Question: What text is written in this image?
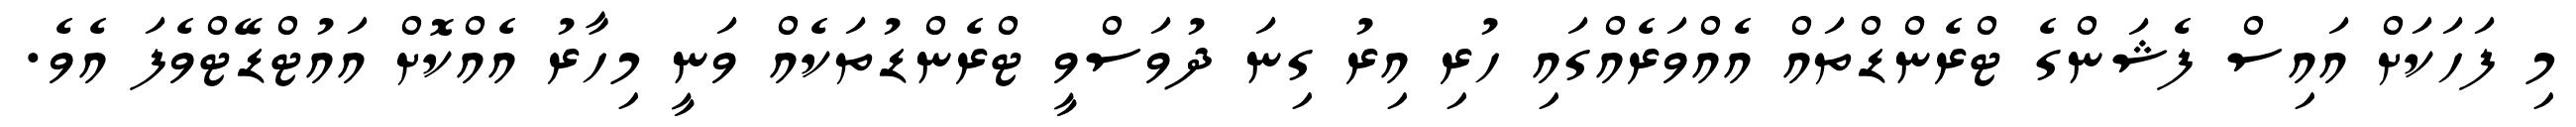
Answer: މި ފަހަކަށް އައިސް ފެޝަންގެ ޓްރެންޑްތައް އެއްވަރެއްގައި ހުރި އިރު ގިނަ ދުވަސްވީ ޓްރެންޑުތަކެއް ވަނީ މިހާރު އެއްކޮށް އައުޓްޑޭޓްވެފަ އެވެ.